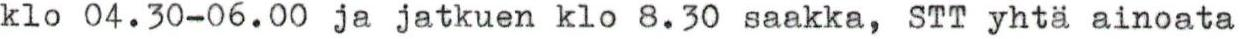
klo 04.30-06.00 ja jatkuen klo 8.30 saakka, STT yhtä ainoata